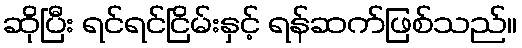
ဆိုပြီး ရင်ရင်ငြိမ်းနှင့် ရန်ဆက်ဖြစ်သည်။